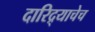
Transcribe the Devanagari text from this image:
दारिद्र्याचेच